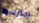
إحترسوا